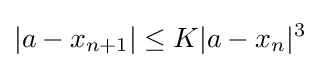
|a-x_{n+1}|\leq K|a-x_{n}|^{3}